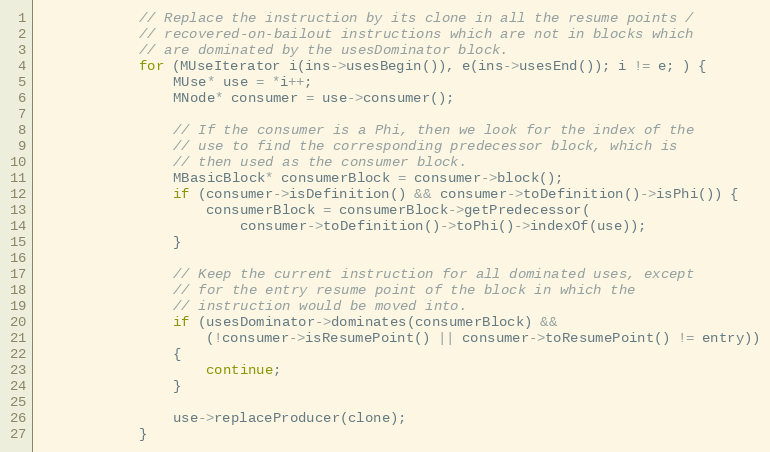
Language: C++
            // Replace the instruction by its clone in all the resume points /
            // recovered-on-bailout instructions which are not in blocks which
            // are dominated by the usesDominator block.
            for (MUseIterator i(ins->usesBegin()), e(ins->usesEnd()); i != e; ) {
                MUse* use = *i++;
                MNode* consumer = use->consumer();

                // If the consumer is a Phi, then we look for the index of the
                // use to find the corresponding predecessor block, which is
                // then used as the consumer block.
                MBasicBlock* consumerBlock = consumer->block();
                if (consumer->isDefinition() && consumer->toDefinition()->isPhi()) {
                    consumerBlock = consumerBlock->getPredecessor(
                        consumer->toDefinition()->toPhi()->indexOf(use));
                }

                // Keep the current instruction for all dominated uses, except
                // for the entry resume point of the block in which the
                // instruction would be moved into.
                if (usesDominator->dominates(consumerBlock) &&
                    (!consumer->isResumePoint() || consumer->toResumePoint() != entry))
                {
                    continue;
                }

                use->replaceProducer(clone);
            }